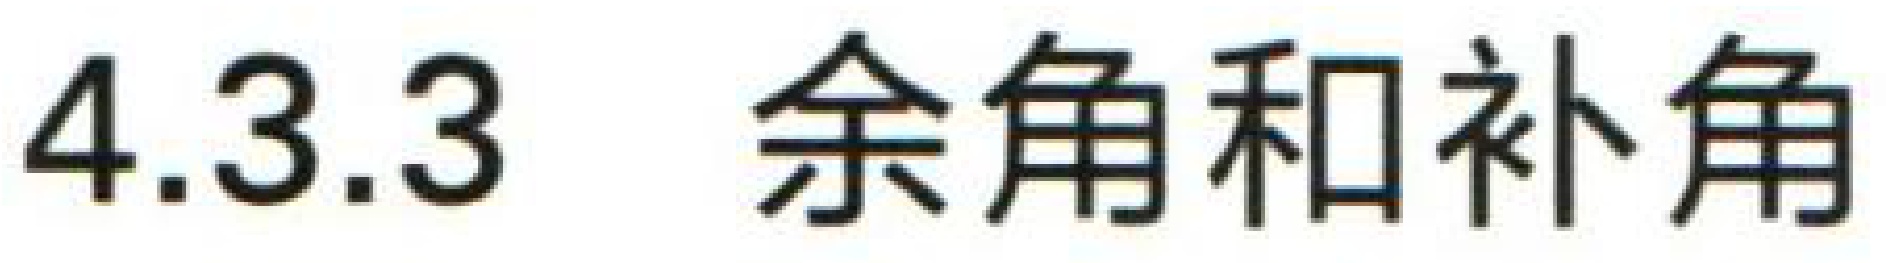
4.3.3 余角和补角